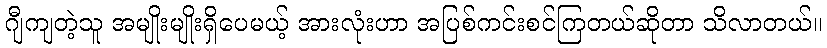
ဂျီကျတဲ့သူ အမျိုးမျိုးရှိပေမယ့် အားလုံးဟာ အပြစ်ကင်းစင်ကြတယ်ဆိုတာ သိလာတယ်။